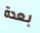
بعدة